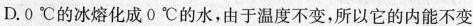
D. 0^{\circ} 的冰熔化成0^{\circ} 的水，由于温度不变，所以它的内能不变